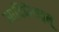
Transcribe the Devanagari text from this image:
आदिकेशवुलू